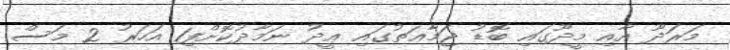
މަރަދޫ އާއި މީދޫގައި ބޮޑު ޖަމާޢަތުގައި ޢީދު ނަމާދުކޮށްފި1 އަހަރު 2 މަސް